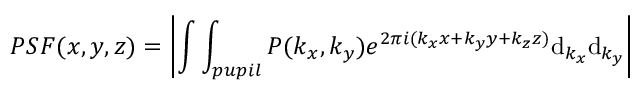
P S F ( x , y , z ) = \left| \int \int _ { p u p i l } P ( k _ { x } , k _ { y } ) e ^ { 2 \pi i ( k _ { x } x + k _ { y } y + k _ { z } z ) } \mathrm { d } _ { k _ { x } } \mathrm { d } _ { k _ { y } } \right|